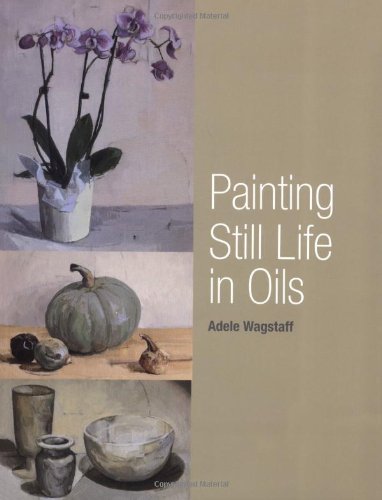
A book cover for Painting Still Life in Oils; Adele Wagstaff; Arts & Photography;